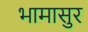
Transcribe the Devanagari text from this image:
भामासुर